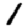
Digit: 1